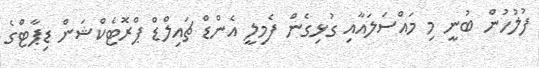
ފުލުހުން ބުނީ މި މައްސަލައާއި ގުޅިގެން ފެމިލީ އެންޑް ޗައިލްޑް ޕްރޮޓެކްޝަން ޑިޕާޓްގެ